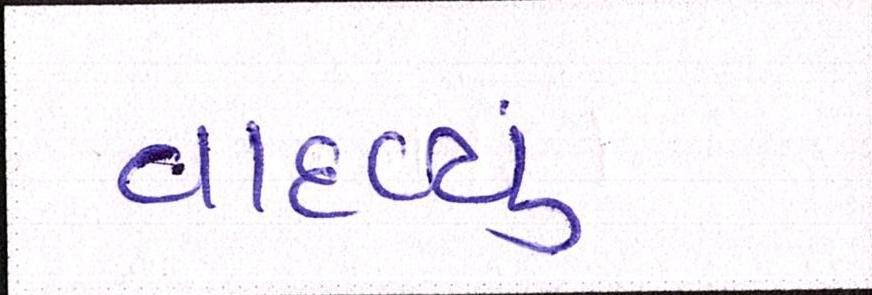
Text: વાદળ્યું